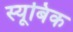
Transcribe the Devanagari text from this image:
स्यूबिक